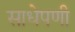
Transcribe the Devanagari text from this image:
साधेपणी